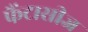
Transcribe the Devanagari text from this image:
फैंटासीज